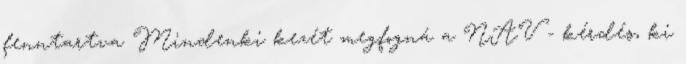
fenntartva Mindenki kezét megfogná a NAV - kérdés, ki